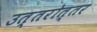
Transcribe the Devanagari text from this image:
उत्‍तरोत्‍तर